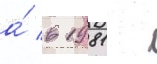
а́ в 1981